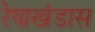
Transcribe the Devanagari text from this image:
रेषाखंडास